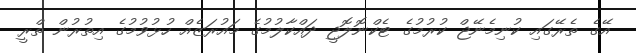
އޭގެ ތެރޭގައި ކުނިމެނޭޖް ކުރުމުގެ ޓެކްނޮލޮޖީ ދައްކާލުމުގެ މައުރަޒެއް ހުޅުވުމުގެ އިތުުރުން ތްރީ